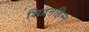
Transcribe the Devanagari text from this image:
शिवनहिम्न